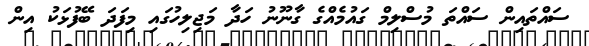
ސައްތައިން ސައްތަ މުސްލިމް ގައުމެއްގެ ގާނޫނު ހަދާ މަޖިލިހުގައި މިފަދަ ބޭފުޅަކު އިން